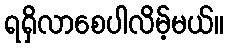
ရရှိလာစေပါလိမ့်မယ်။